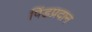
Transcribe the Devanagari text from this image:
पिंडप्रदान